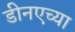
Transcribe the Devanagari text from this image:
डीनएच्या